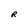
Character: R